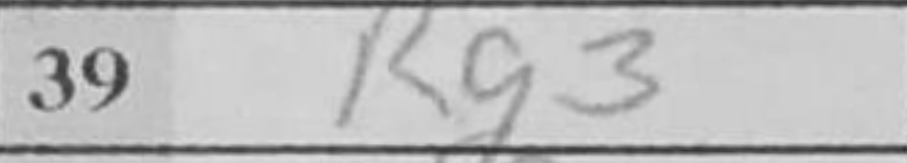
Transcription: Rg3